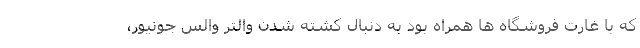
که با غارت فروشگاه ها همراه بود به دنبال کشته شدن والتر والس جونیور،